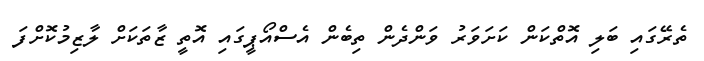
ތެރޭގައި ބަލި އޮތްކަން ކަށަވަރު ވަންދެން ތިބެން އެސްއޯޕީގައި އޮތީ ޒާތަކަށް ލާޒިމުކޮށްފަ